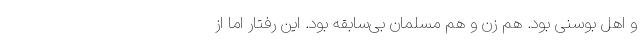
و اهل بوسنی بود. هم زن و هم مسلمان بی‌سابقه بود. این رفتار اما از